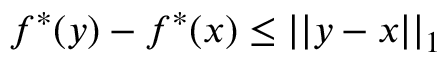
f ^ { * } ( y ) - f ^ { * } ( x ) \leq | | y - x | | _ { 1 }